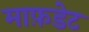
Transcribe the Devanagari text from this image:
माफ़डेट